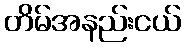
တိမ်အနည်းငယ်